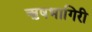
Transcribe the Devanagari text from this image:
ऋषभागिरी